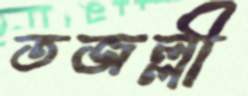
তজল্লী